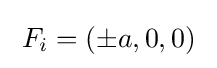
\;F_{i}=(\pm a,0,0)\;